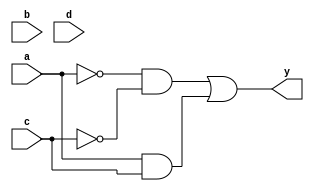
//F(A,B,C,D)=SUM(0,1,4,5,10,11,14,15)
//Y=((~A)&(~C))|(A&C)
module comb(
  input a,b,c,d,
  output y);
  
  assign y=((~a)&(~c))|(a&c);
  
endmodule